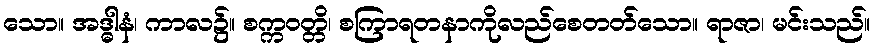
သော။ အဒ္ဓါနံ၊ ကာလ၌။ စက္ကဝတ္တိ၊ စကြာရတနာကိုလည်စေတတ်သော။ ရာဇာ၊ မင်းသည်။